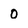
Character: o